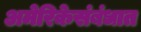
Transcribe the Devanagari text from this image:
अमेरिकेसंबंधात